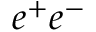
e ^ { + } e ^ { - }